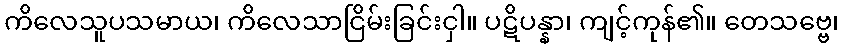
ကိလေသူပသမာယ၊ ကိလေသာငြိမ်းခြင်းငှါ။ ပဋိပန္နာ၊ ကျင့်ကုန်၏။ တေသဗ္ဗေ၊